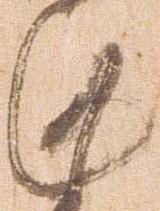
謹